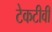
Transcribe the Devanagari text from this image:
टेकटीवी